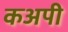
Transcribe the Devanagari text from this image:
कअपी